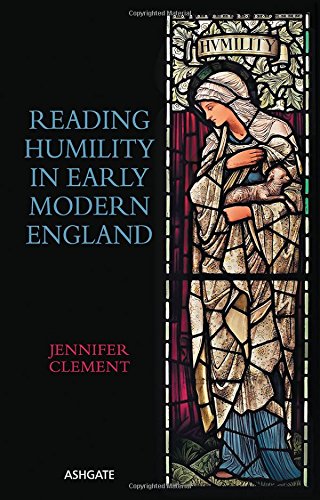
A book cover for Reading Humility in Early Modern England; Jennifer Clement; Christian Books & Bibles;